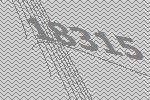
18315